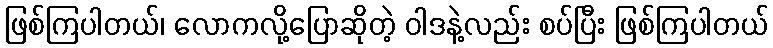
ဖြစ်ကြပါတယ်၊ လောကလို့ပြောဆိုတဲ့ ဝါဒနဲ့လည်း စပ်ပြီး ဖြစ်ကြပါတယ်